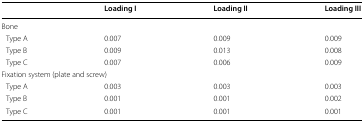
|  | Loading I | Loading II | Loading III |
 | --- | --- | --- | --- |
 | <COLSPAN=4> Bone |
 | Type A | 0.007 | 0.009 | 0.009 |
 | Type B | 0.009 | 0.013 | 0.008 |
 | Type C | 0.007 | 0.006 | 0.009 |
 | <COLSPAN=4> Fixation system (plate and screw) |
 | Type A | 0.003 | 0.003 | 0.003 |
 | Type B | 0.001 | 0.001 | 0.002 |
 | Type C | 0.001 | 0.001 | 0.001 |